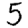
Digit: 5